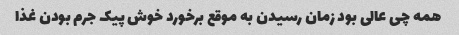
همه چی عالی بود زمان رسیدن به موقع برخورد خوش پیک جرم بودن غذا